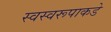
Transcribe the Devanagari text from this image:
स्वस्वरूपाकडे